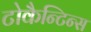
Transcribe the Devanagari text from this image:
टोकैन्टिन्स